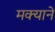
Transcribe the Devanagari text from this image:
मक्याने